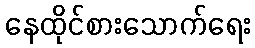
နေထိုင်စားသောက်ရေး